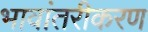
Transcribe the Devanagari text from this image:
भावांतरीकरण